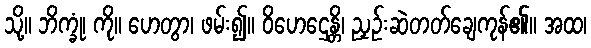
သို့။ ဘိက္ခုံ၊ ကို။ ဟေတွာ၊ ဖမ်း၍။ ဝိဟေဌေန္တိ၊ ညှဉ်းဆဲတတ်ချေကုန်၏။ အထ၊